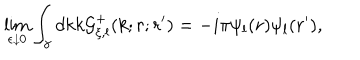
\lim _ { \epsilon \downarrow 0 } \displaystyle \int _ { \gamma } d k k { \cal G } _ { \xi , l } ^ { + } ( k ; r ; r ^ { \prime } ) = - i \pi \psi _ { l } ( r ) \psi _ { l } ( r ^ { \prime } ) ,